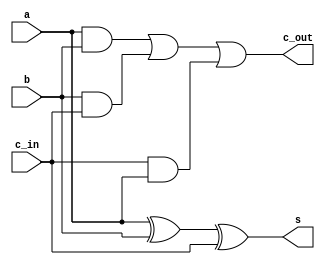
`timescale 1ns / 1ps
//////////////////////////////////////////////////////////////////////////////////
// Company: 
// Engineer: 
// 
// Design Name: 
// Module Name: FA
// Project Name: 
// Target Devices: 
// Tool Versions: 
// Description: 
// 
// Dependencies: 
// 
// Revision:
// Revision 0.01 - File Created
// Additional Comments:
// 
//////////////////////////////////////////////////////////////////////////////////


module FA(a, b, c_in, s, c_out);
    input c_in, a, b;
    output c_out, s;
    
    assign s = a ^ b ^ c_in;
    assign c_out = (a & b) | (b & c_in) | (c_in & a);
    
endmodule